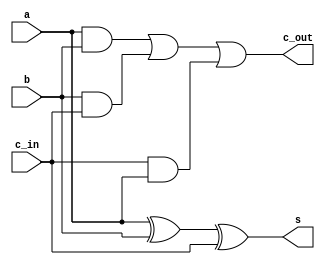
`timescale 1ns / 1ps
//////////////////////////////////////////////////////////////////////////////////
// Company: 
// Engineer: 
// 
// Design Name: 
// Module Name: FA
// Project Name: 
// Target Devices: 
// Tool Versions: 
// Description: 
// 
// Dependencies: 
// 
// Revision:
// Revision 0.01 - File Created
// Additional Comments:
// 
//////////////////////////////////////////////////////////////////////////////////


module FA(a, b, c_in, s, c_out);
    input c_in, a, b;
    output c_out, s;
    
    assign s = a ^ b ^ c_in;
    assign c_out = (a & b) | (b & c_in) | (c_in & a);
    
endmodule